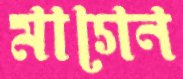
মাগেন